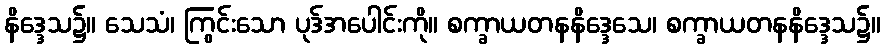
နိဒ္ဒေသ၌။ သေသံ၊ ကြွင်းသော ပုဒ်အပေါင်းကို။ စက္ခာယတနနိဒ္ဒေသေ၊ စက္ခာယတနနိဒ္ဒေသ၌။